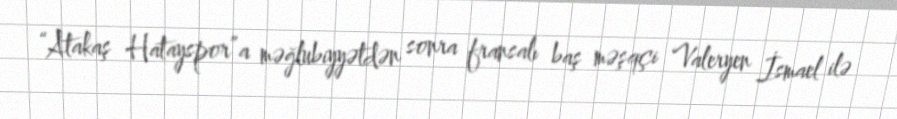
“Atakaş Hatayspor”a məğlubiyyətdən sonra fransalı baş məşqçi Valeryen İsmael ilə